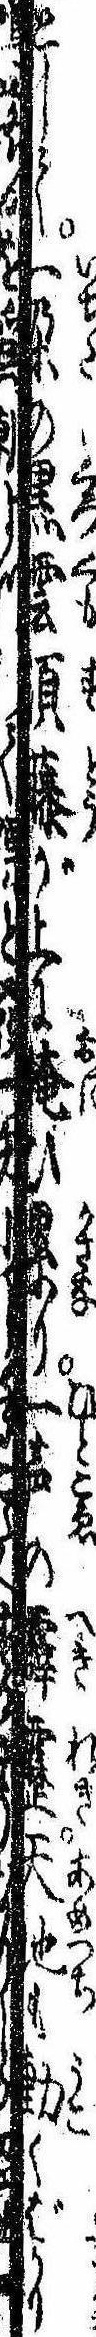
として一朶の黒雲須藤が上に掩ひ累り一声の霹靂天地も動くばかり